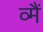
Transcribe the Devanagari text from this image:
व्मैं